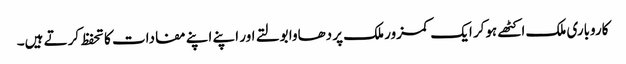
کاروباری ملک اکٹھے ہوکر ایک کمزور ملک پر دھاوا بولتے اور اپنے اپنے مفادات کا تحفظ کرتے ہیں۔